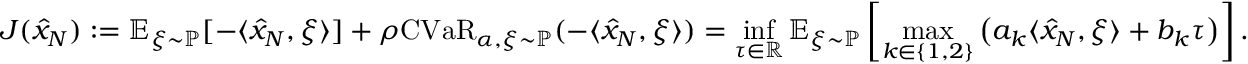
J ( \widehat { x } _ { N } ) : = \mathbb { E } _ { \xi \sim \mathbb { P } } [ - \langle \widehat { x } _ { N } , \xi \rangle ] + \rho \mathrm { C V a R } _ { \alpha , \xi \sim \mathbb { P } } ( - \langle \widehat { x } _ { N } , \xi \rangle ) = \operatorname* { i n f } _ { \tau \in \mathbb { R } } \mathbb { E } _ { \xi \sim \mathbb { P } } \left[ \operatorname* { m a x } _ { k \in \left\{ 1 , 2 \right\} } \left( a _ { k } \langle \widehat { x } _ { N } , \xi \rangle + b _ { k } \tau \right) \right] .